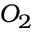
O _ { 2 }